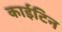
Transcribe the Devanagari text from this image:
काईटिन